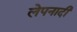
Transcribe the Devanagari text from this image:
लेपनादी